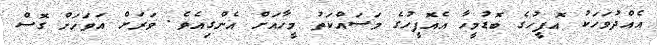
އެއްދުވަހަކު އޮފީހުގެ ބޮޑުމީހާ އެއޮފީހުގެ މަސައްކަތު މީހާއަށް އެންގިއެވެ. ވަރަށް އަވަހަށް ގޮސް